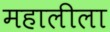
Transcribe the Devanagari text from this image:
महालीला